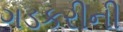
ગડકરીની